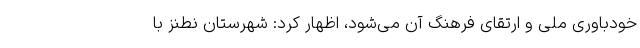
خودباوری ملی و ارتقای فرهنگ آن می‌شود، اظهار کرد: شهرستان نطنز با